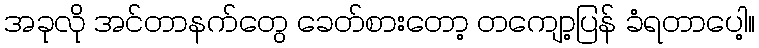
အခုလို အင်တာနက်တွေ ခေတ်စားတော့ တကျော့ပြန် ခံရတာပေါ့။